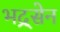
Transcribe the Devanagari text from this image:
भद्र्सेन